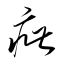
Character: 疵